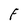
Character: F